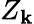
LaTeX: Z_{\mathbf{k}}